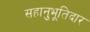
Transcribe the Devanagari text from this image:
सहानुभूतिदार